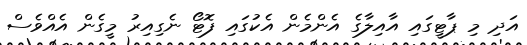
އަދި މި ޕާޓީގައި އާއިލާގެ އެންމެން އެކުގައި ފޮޓޯ ނެގިއިރު މީގެން އެއްވެސް